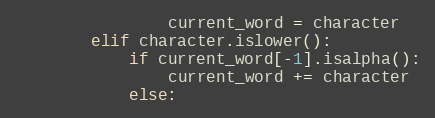
Language: Python
                current_word = character
        elif character.islower():
            if current_word[-1].isalpha():
                current_word += character
            else: